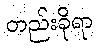
တည်းခိုရာ